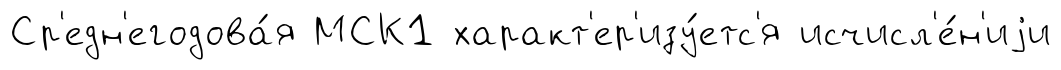
Ср'едн'егодова́я МСК1 характ'ер'изу́етс'я исчисл'е́н'иjи